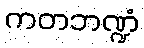
ကတဘဏ္ဍံ